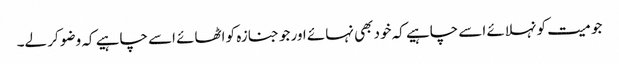
جو میت کو نہلائے اسے چاہیے کہ خود بھی نہائے اور جو جنازہ کو اٹھائے اسے چاہیے کہ وضو کر لے۔